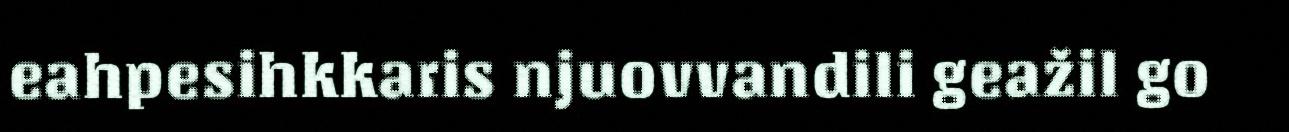
eahpesihkkaris njuovvandili geažil go